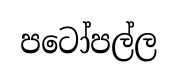
පටෝපල්ල